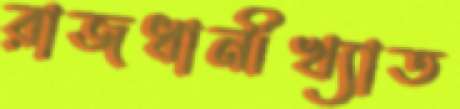
রাজধানীখ্যাত